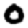
Digit: 0